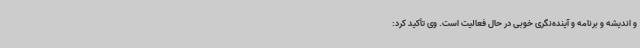
و اندیشه و برنامه و آینده‌نگری خوبی در حال فعالیت است. وی تأکید کرد: